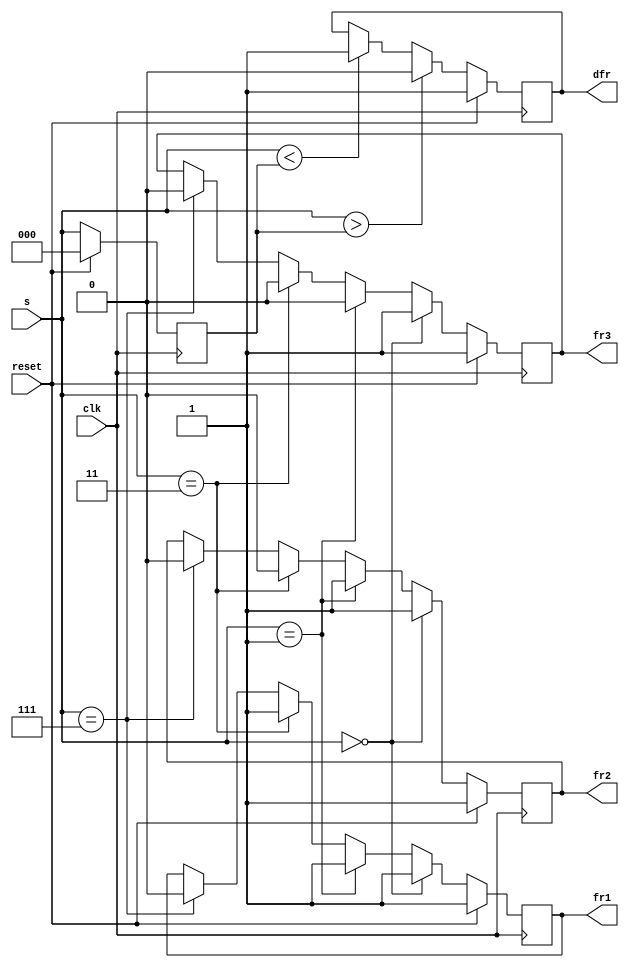
module top_module (
    input clk,
    input reset,
    input [3:1] s,
    output fr3,
    output fr2,
    output fr1,
    output dfr
); 

    parameter ON=1, OFF=0;

    reg [3:1] shift;

    always @(posedge clk) begin
        if(reset) begin
            fr1 <= ON;
            fr2 <= ON;
            fr3 <= ON;
        end
        else if(s == 3'b000) begin
            fr1 <= ON;
            fr2 <= ON;
            fr3 <= ON;
        end
        else if(s == 3'b001) begin
            fr1 <= ON;
            fr2 <= ON;
            fr3 <= OFF;
        end
        else if(s == 3'b011) begin
            fr1 <= ON;
            fr2 <= OFF;
            fr3 <= OFF;
        end
        else if(s == 3'b111) begin
            fr1 <= OFF;
            fr2 <= OFF;
            fr3 <= OFF;
        end
    end

    always @(posedge clk) begin
        if(reset) shift <= OFF;
        else shift <= s;
    end

    always @(posedge clk) begin
        if(reset) dfr <= ON;
        else if(s > shift) dfr <= OFF;
        else if(s < shift) dfr <= ON;
    end

endmodule